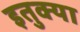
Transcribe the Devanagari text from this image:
इतुक्या